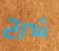
شرح